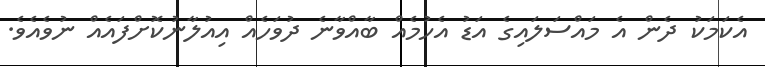
އެކަމަކު ދެން އެ މައްސަލައިގެ އަޑު އެހުމެއް ބާއްވާނެ ދުވަހެއް އިއުލާނުކޮށްފައެއް ނުވެއެވެ.